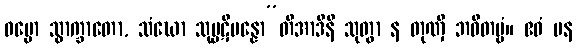
ဓမ္မော သွာက္ခာတော, သံဃော သုပ္ပဋိပန္နော”တိအာဒီနိ သုတွာ န တုဏှီ ဘဝိတဗ္ဗံ။ ဧဝံ ပန